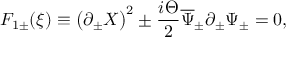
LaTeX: F _ { 1 \pm } ( \xi ) \equiv \left( \partial _ { \pm } X \right) ^ { 2 } \pm { \frac { i \Theta } { 2 } } \overline { { \Psi } } _ { \pm } \partial _ { \pm } \Psi _ { \pm } = 0 ,